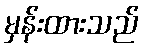
မှန်းထားသည်